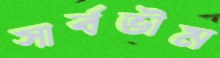
সার্বভৗম